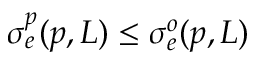
\sigma _ { e } ^ { p } ( p , L ) \leq \sigma _ { e } ^ { o } ( p , L )